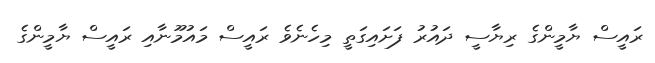
ރައީސް ޔާމީންގެ ރިޔާސީ ދައުރު ފަށައިގަތީ މިހެނެވެ ރައީސް މައުމޫނާއި ރައީސް ޔާމީންގެ